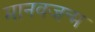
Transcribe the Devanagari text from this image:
मानवजन्म